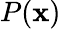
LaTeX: P(\mathbf{x})